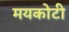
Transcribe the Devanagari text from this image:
मयकोटी